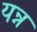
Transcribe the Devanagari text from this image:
यन्न